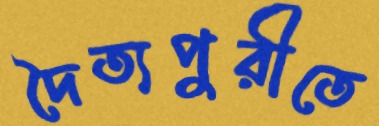
দৈত্যপুরীতে